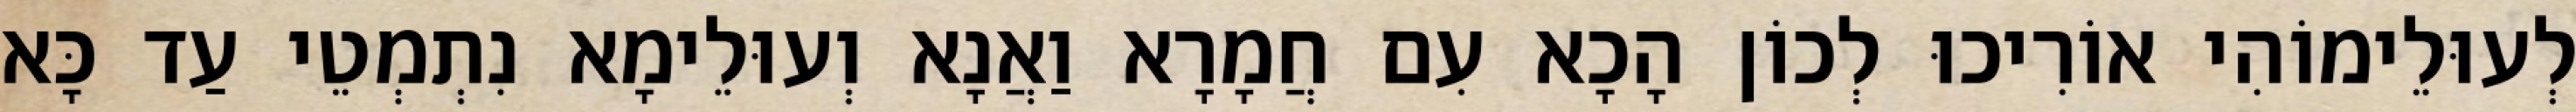
לְעוּלֵימוֹהִי אוֹרִיכוּ לְכוֹן הָכָא עִם חֲמָרָא וַאֲנָא וְעוּלֵימָא נִתְמְטֵי עַד כָּא